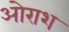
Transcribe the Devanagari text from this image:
ओराश